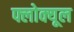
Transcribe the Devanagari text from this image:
फ्लोक्यूल